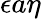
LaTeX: \epsilon a\eta